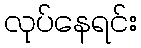
လုပ်နေရင်း